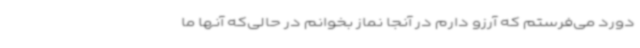
دورد می‌فرستم که آرزو دارم در آنجا نماز بخوانم در حالی‌که آنها ما